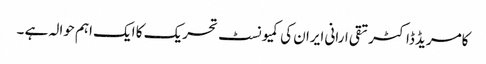
کامریڈ ڈاکٹر تقی ارانی ایران کی کمیونسٹ تحریک کا ایک اہم حوالہ ہے ۔